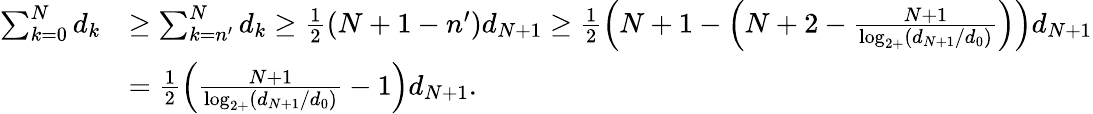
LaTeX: \begin{array}{rl}{\sum_{k=0}^{N}d_{k}}&{\geq\sum_{k=n^{\prime}}^{N}d_{k}\geq\frac{1}{2}\left(N+1-n^{\prime}\right)d_{N+1}\geq\frac{1}{2}\left(N+1-\left(N+2-\frac{N+1}{\log_{2+}(d_{N+1}/d_{0})}\right)\right)d_{N+1}}\\ &{=\frac{1}{2}\left(\frac{N+1}{\log_{2+}(d_{N+1}/d_{0})}-1\right)d_{N+1}.}\end{array}